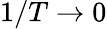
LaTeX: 1/T\to 0